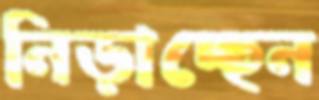
নিড়াচ্ছেন